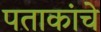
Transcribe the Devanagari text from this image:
पताकांचे